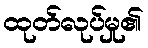
ထုတ်လုပ်မှု၏